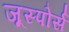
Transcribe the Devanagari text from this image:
जूस्पोर्स